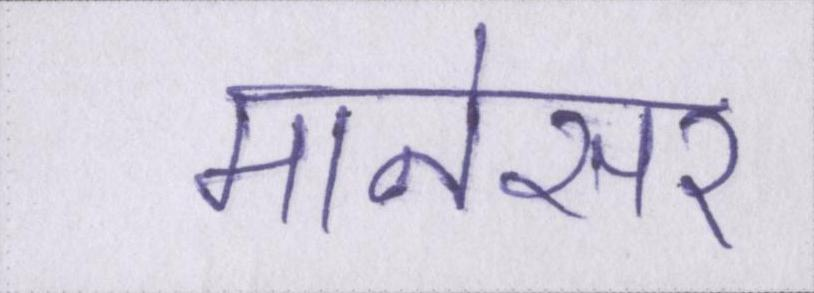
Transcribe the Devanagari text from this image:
मानेसर